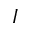
\boldsymbol { { I } }